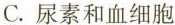
C.尿素和血细胞